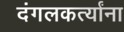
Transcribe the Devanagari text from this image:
दंगलकर्त्यांना